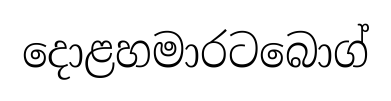
දොළහමාරටබොග්